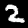
Label: 2